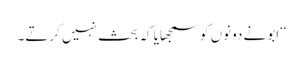
‘‘ابونے دونوں کو سمجھایا کہ بحث نہیں کرتے۔